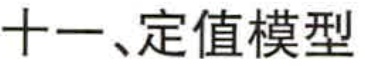
十一、定值模型